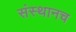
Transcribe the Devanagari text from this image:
संस्थानच